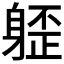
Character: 𰹁